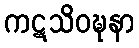
ကဋသိဝဍ္ဎနာ